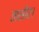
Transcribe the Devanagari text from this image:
तासीर।